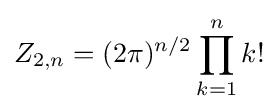
Z_{2,n}=(2\pi )^{n/2}\prod _{k=1}^{n}k!